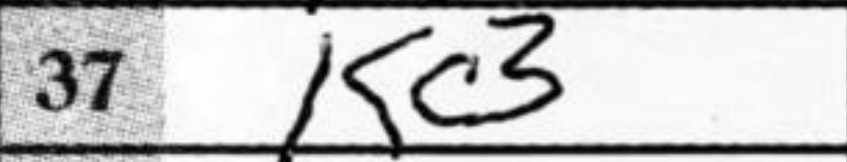
Transcription: Kc3